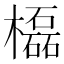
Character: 㰁